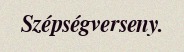
Szépségverseny.